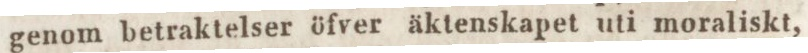
genom betraktelser öfver äktenskapet uti moraliskt,